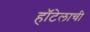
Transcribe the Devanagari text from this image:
हॉटेलाची